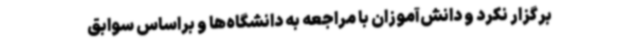
برگزار نکرد و دانش‌آموزان با مراجعه به دانشگاه‌ها و براساس سوابق